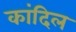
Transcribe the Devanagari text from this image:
कांदिल